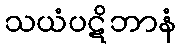
သယံပဋိဘာနံ